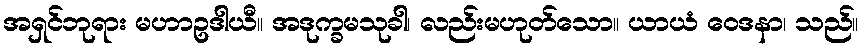
အရှင်ဘုရား မဟာဥဒါယီ။ အဒုက္ခမသုခါ၊ လည်းမဟုတ်သော။ ယာယံ ဝေဒနာ၊ သည်။